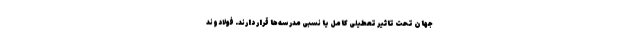
جهان تحت تاثیر تعطیلی کامل یا نسبی مدرسه‌ها قرار دارند. فولادوند